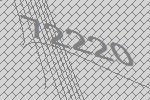
72220